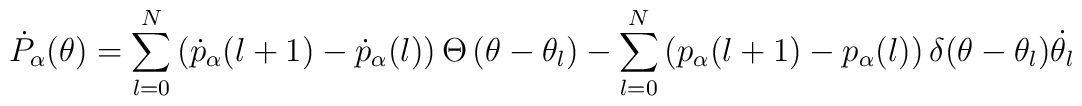
\dot{P}_{\alpha}(\theta) =\sum_{l=0}^{N} \left(\dot{p}_{\alpha}(l+1)-\dot{p}_{\alpha}(l)\right) \Theta \left(\theta-\theta_l \right) -\sum_{l=0}^{N} \left(p_{\alpha}(l+1)-p_{\alpha}(l) \right) \delta(\theta-\theta_l)\dot{\theta_l}